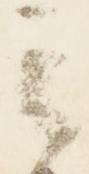
之